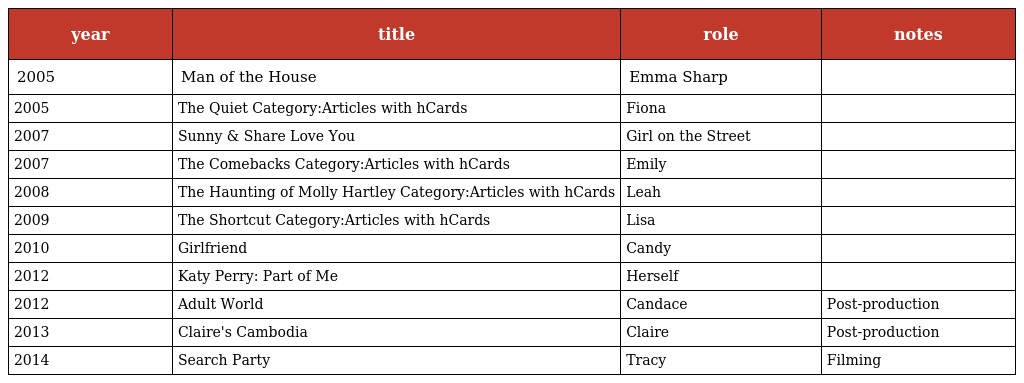
| year | title | role | notes |
 | --- | --- | --- | --- |
 | 2005 | Man of the House | Emma Sharp |  |
 | 2005 | The Quiet Category:Articles with hCards | Fiona |  |
 | 2007 | Sunny & Share Love You | Girl on the Street |  |
 | 2007 | The Comebacks Category:Articles with hCards | Emily |  |
 | 2008 | The Haunting of Molly Hartley Category:Articles with hCards | Leah |  |
 | 2009 | The Shortcut Category:Articles with hCards | Lisa |  |
 | 2010 | Girlfriend | Candy |  |
 | 2012 | Katy Perry: Part of Me | Herself |  |
 | 2012 | Adult World | Candace | Post-production |
 | 2013 | Claire's Cambodia | Claire | Post-production |
 | 2014 | Search Party | Tracy | Filming |